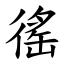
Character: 徭